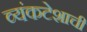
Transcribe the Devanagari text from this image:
व्यंकटेशाची